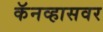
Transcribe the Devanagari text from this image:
कॅनव्हासवर